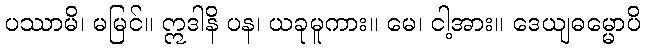
ပဿာမိ၊ မမြင်။ ဣဒါနိ ပန၊ ယခုမူကား။ မေ၊ ငါ့အား။ ဒေယျဓမ္မောပိ